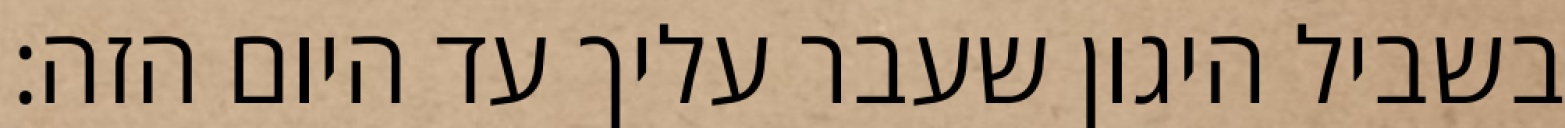
בשביל היגון שעבר עליך עד היום הזה: